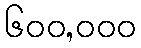
၆၀၀,၀၀၀